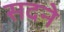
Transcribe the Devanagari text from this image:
सदने